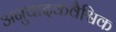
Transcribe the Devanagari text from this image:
अनुवादकवैश्विक